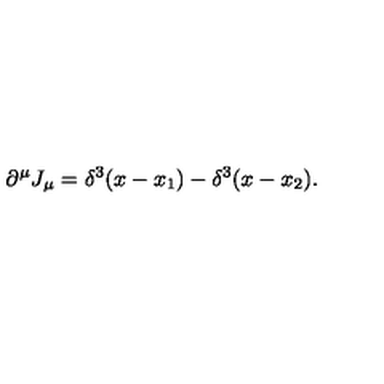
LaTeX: \partial ^ { \mu } J _ { \mu } = \delta ^ { 3 } ( x - x _ { 1 } ) - \delta ^ { 3 } ( x - x _ { 2 } ) .